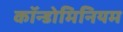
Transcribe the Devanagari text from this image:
कॉन्डोमिनियम